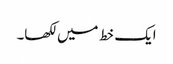
ایک خط میں لکھا۔